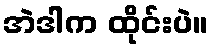
အဲဒါက ထိုင်းပဲ။